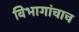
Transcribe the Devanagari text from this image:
विभागांचाच